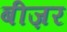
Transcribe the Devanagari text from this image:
बीज़र